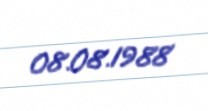
08.08.1988